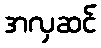
အလှဆင်